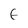
Character: E